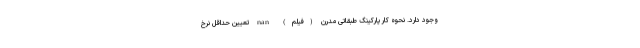
وجود دارد. نحوه کار پارکینگ طبقاتیِ مدرن (فیلم) nan تعیین حداقل نرخ